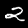
Label: 2